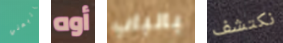
إتبعني أوه بالباب نكتشف